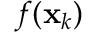
f ( \mathbf { x } _ { k } )